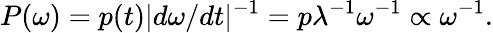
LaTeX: P(\omega)=p(t)|d\omega/dt|^{-1}=p\lambda^{-1}\omega^{-1}\propto\omega^{-1}.